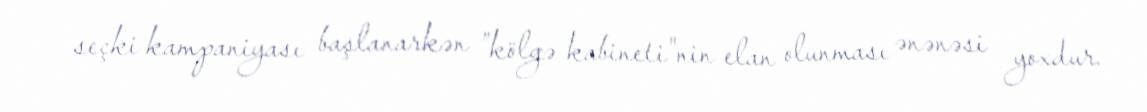
seçki kampaniyası başlanarkən ”kölgə kabineti"nin elan olunması ənənəsi yoxdur.